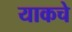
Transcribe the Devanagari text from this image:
याकचे